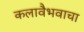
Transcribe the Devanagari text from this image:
कलावैभवाचा